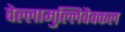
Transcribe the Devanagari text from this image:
वेल्लामुल्लिवैक्कल